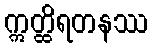
ဣတ္ထိရတနဿ